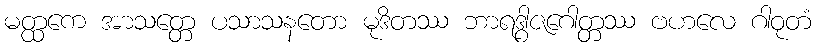
မတ္ထကေ အာသတ္တေ ပသာသနတော မုဒိတဿ ဘာရဒွါဇဂေါတ္တဿ ဗဟလေ ဂါဝုတံ